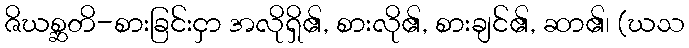
ဇိဃစ္ဆတိ-စားခြင်းငှာ အလိုရှိ၏, စားလို၏, စားချင်၏, ဆာ၏၊ (ဃသ